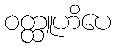
ဝတ္ထူဟိပေ